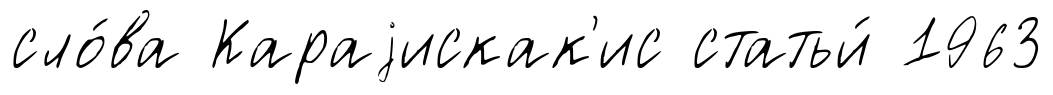
сло́ва Караjискак'ис статьи́ 1963